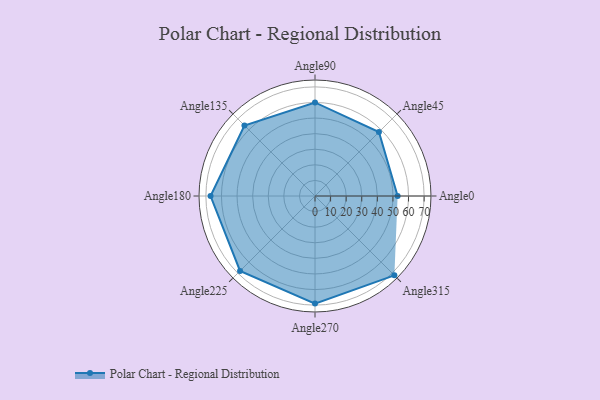
{"axis": {"x": "Angle", "y": "Radius"}, "legend": [""], "data": [{"x": "Angle0", "y": 53.0, "type": ""}, {"x": "Angle45", "y": 58.0, "type": ""}, {"x": "Angle90", "y": 60.0, "type": ""}, {"x": "Angle135", "y": 64.0, "type": ""}, {"x": "Angle180", "y": 67.0, "type": ""}, {"x": "Angle225", "y": 68.0, "type": ""}, {"x": "Angle270", "y": 69.0, "type": ""}, {"x": "Angle315", "y": 72.0, "type": ""}]}